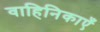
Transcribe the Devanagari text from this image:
वाहिनिकाएँ